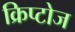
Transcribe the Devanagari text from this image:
क्रिप्टोज